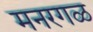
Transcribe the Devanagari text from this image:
मनरगळ